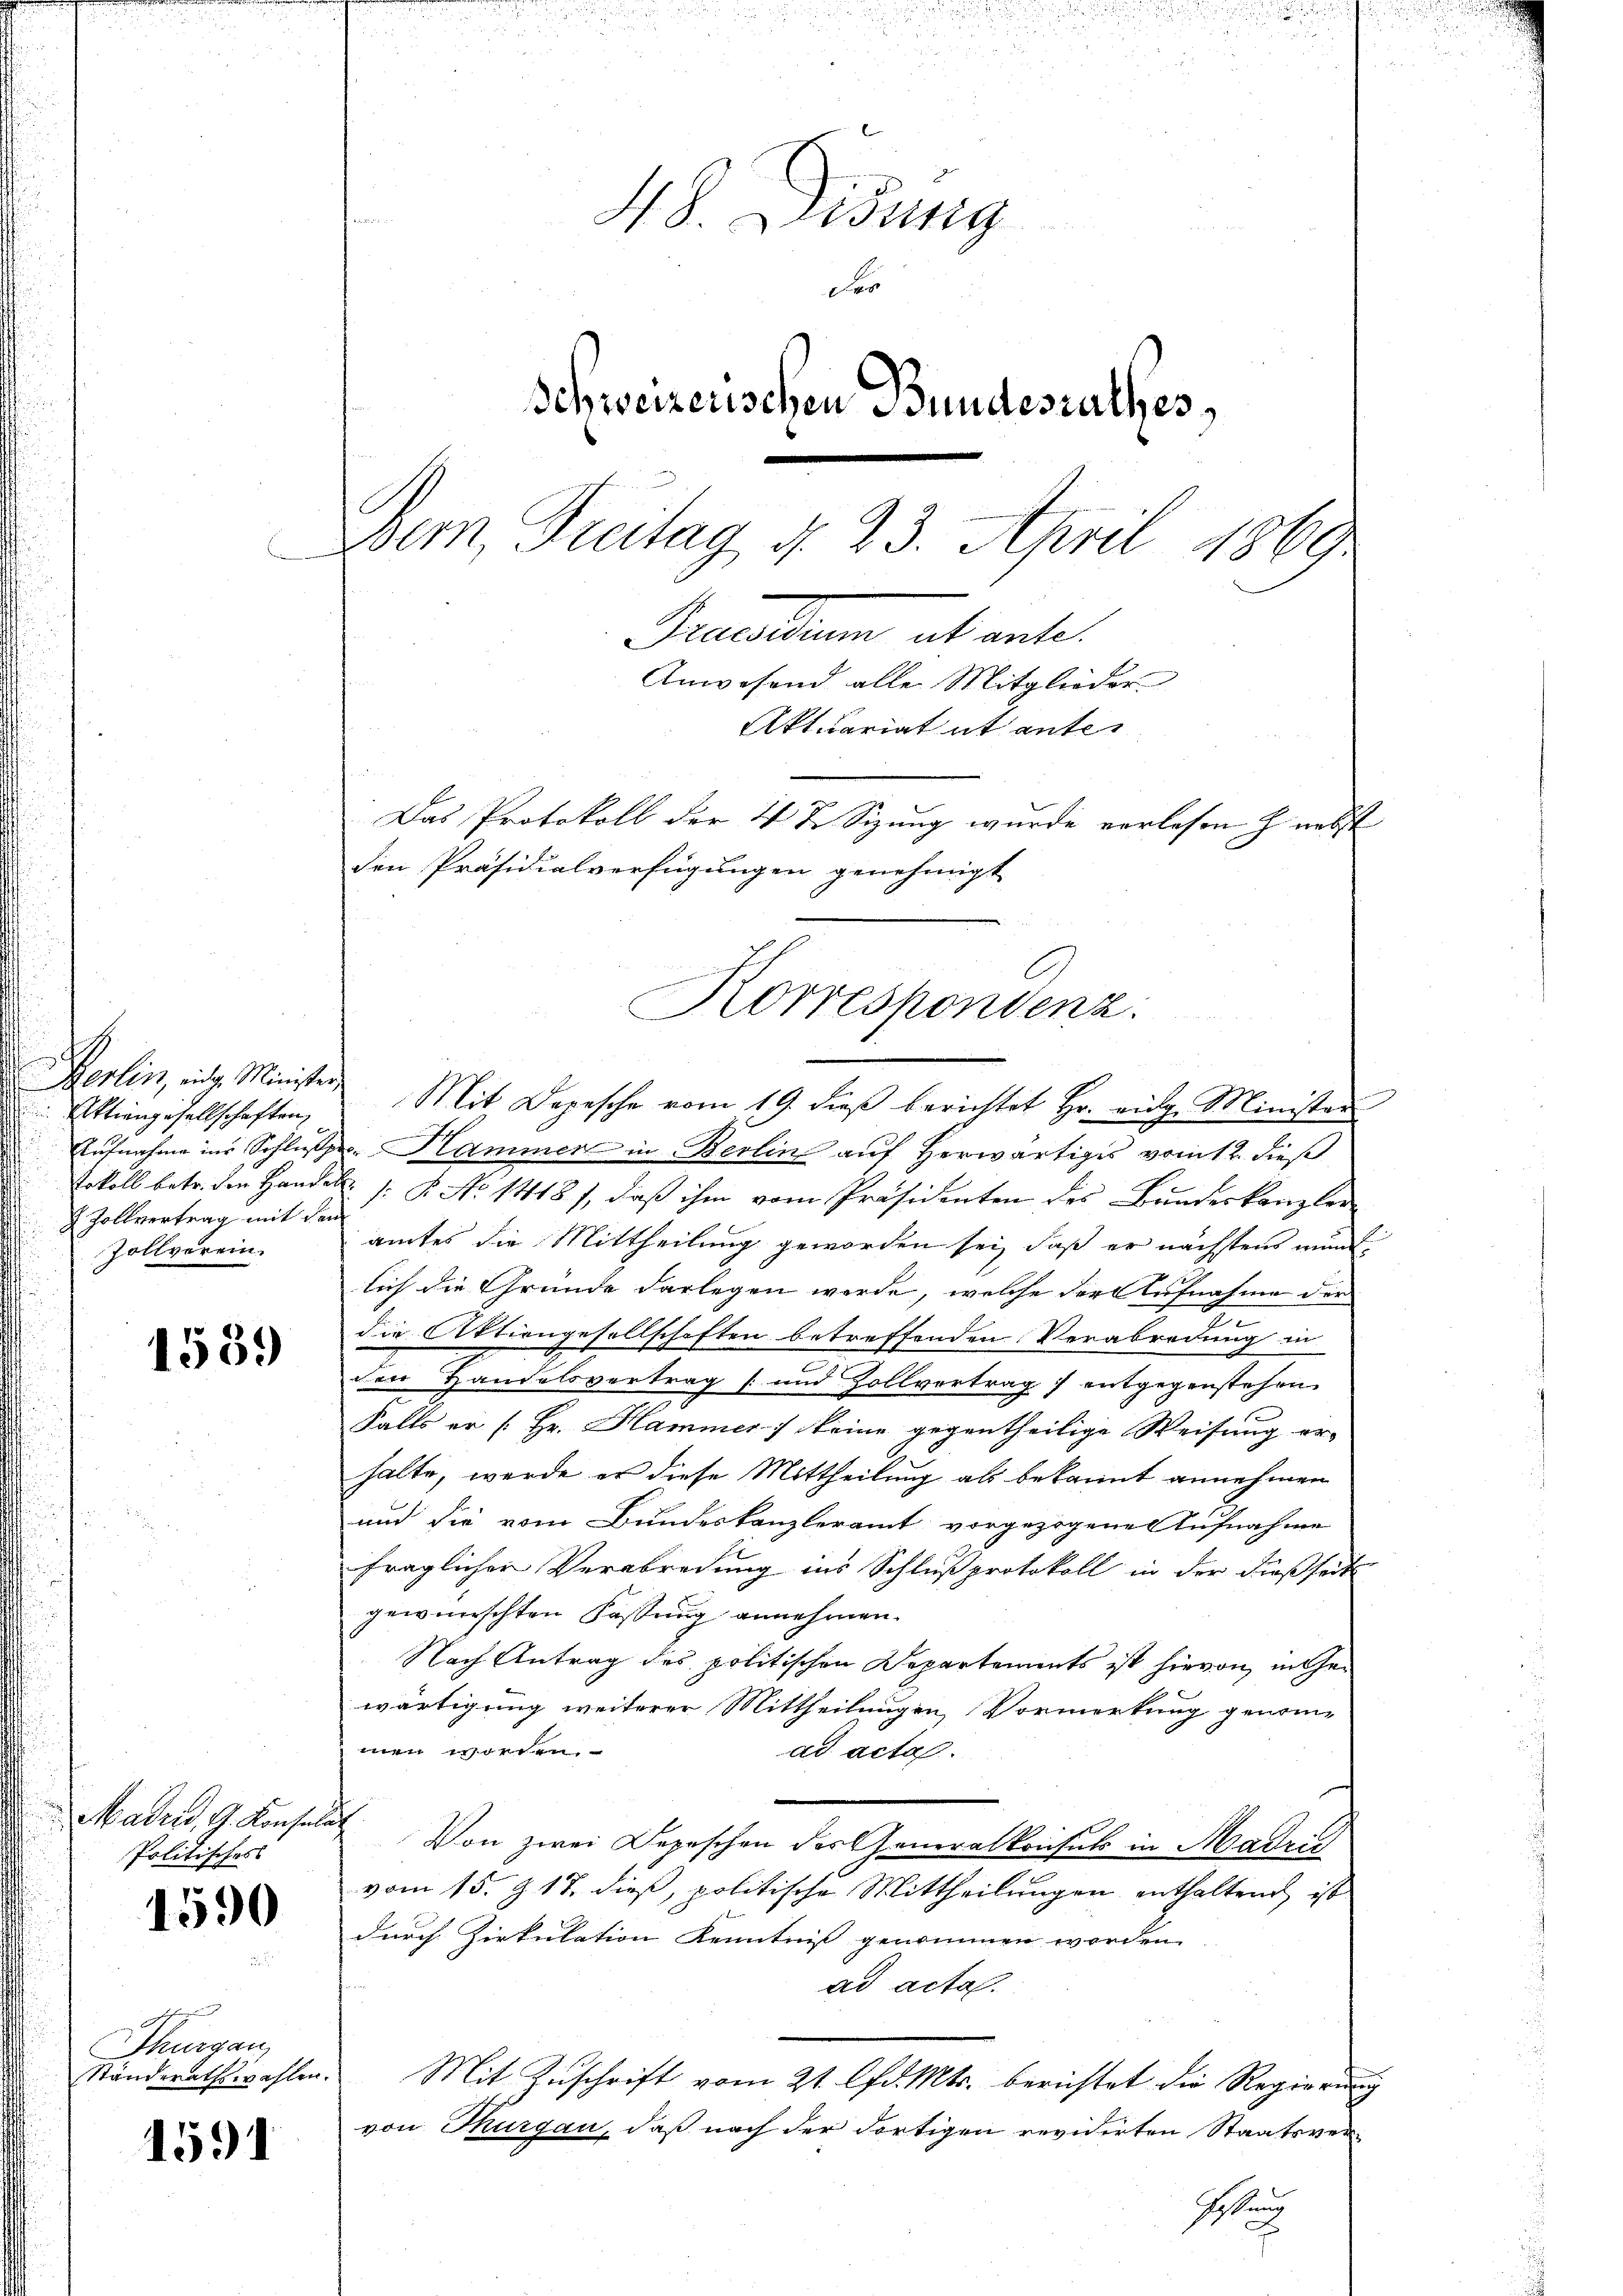
d
Berlin, eidg. Minister
Aktiengesellschaften,
 Zollvertrag mit dem
Zollverein.

1539

Madrid, G. Konsul
Politisches

1590

d
Thurgau
Ständerathswahlen.

1591

H S. Lesung
Fer
Schweizerischen Bundesrathes,
Dem Freitag d. 23. April 1869
Precarium alt ante
Anwesend alle Mitglieder
Aktuariat et antes
Das Protokoll der 4 t. Sizung wurde verlesen h. nebst
den Präsidialverfügungen genehmigt

Korrespondenz:

Mit Depesche vom 19. dieβ berichtet Hr. eidg. Minister
Aufnahme in Schluß. Hammer in Berlin auf Herwärtiges vom 12. dieß
tokoll betr. den Handel /: P. No 1418), daß ihm vom Präsidenten des Bundeskanzler
amtes die Mittheilung geworden sei, daß er nächstens münd
lich die Gründe darlegen werde, welche der Aufnahme der
die Aktiengesellschaften betreffenden Verabredung in
den Handelsvertrag (und Zollvertrag entgegenstehen
Falls er [Hr. Hammer keine gegentheilige Weisung er-
halte, werde er diese Mittheilung als bekannt annehmen
und die vom Bundeskanzleramt vorgezogene Aufnahme
fraglichen Verabredung ins Schlußprotokoll in der dießseits
gewünschten Fassung annehmen.
Nach Antrag des politischen Departements ist hievon in Gewärtigung weiterer Mittheilungen, Vormerkung genom-
men worden.
ad acta.
Von zwei Depeschen des Generalkonsuls in Madrić
vom 15. J. 17. dieß, politische Mittheilungen enthaltend ist
durch Zirkulation Kenntnis genommen worden.
ad acta.
Mit Zuschrift vom 21. lfd. Mts. berichtet die Regierung
von Thurgau, daß nach der dortigen revidirten Staatsver¬
Jaun